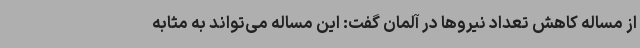
از مساله کاهش تعداد نیروها در آلمان گفت: این مساله می‌تواند به مثابه